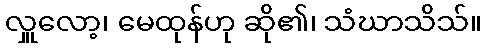
လှူလော့၊ မေထုန်ဟု ဆို၏၊ သံဃာသိသ်။